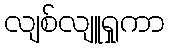
လျစ်လျူရှုကာ